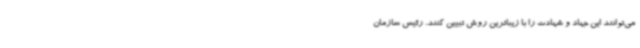
می‌توانند این جهاد و شهادت را با زیباترین روش تبیین کنند. رئیس سازمان